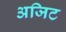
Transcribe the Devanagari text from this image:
अजिट